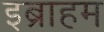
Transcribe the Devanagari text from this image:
इब्राहम